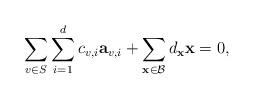
LaTeX: \begin{align*}\sum_{v\in S}\sum_{i=1}^d c_{v,i}\mathbf{a}_{v,i}+\sum_{\mathbf{x}\in\cal{B}}d_\mathbf{x}\mathbf{x}=0,\end{align*}